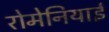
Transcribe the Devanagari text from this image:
रोमेनियाई